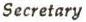
Secretary